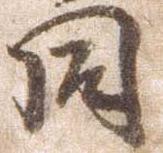
同